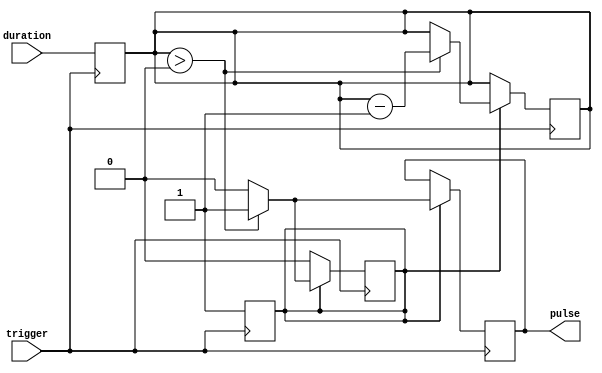
module one_shot_timer (
    input wire trigger,
    input wire [15:0] duration,
    output reg pulse
);

reg [15:0] count;
reg trigger_detected;

always @ (posedge trigger) begin
    trigger_detected <= 1;
    count <= duration;
end

always @ (posedge trigger) begin
    if (trigger_detected) begin
        if (count > 0) begin
            count <= count - 1;
            pulse <= 1;
        end else begin
            pulse <= 0;
            trigger_detected <= 0;
        end
    end
end

endmodule